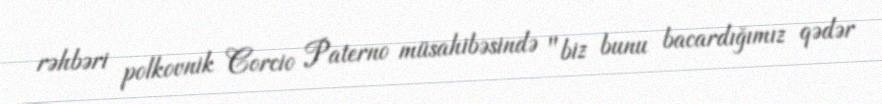
rəhbəri polkovnik Corcio Paterno müsahibəsində "biz bunu bacardığımız qədər